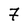
Character: 7